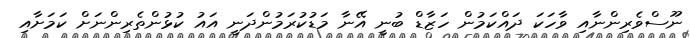
ނޫސްވެރިންނާއި ވާހަކަ ދައްކަމުން ހަޒާޑް ބުނީ އޭނާ މަޑުކުރަމުންދަނީ އައު ކުޅުންތެރިންނަށް ކަމަށާއި